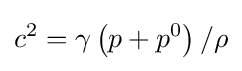
c^{2}=\gamma \left(p+p^{0}\right)/\rho